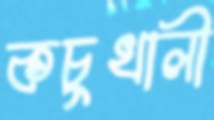
কচুখালী